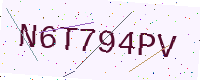
Text: N6T794PV